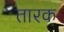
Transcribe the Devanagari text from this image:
तारकः